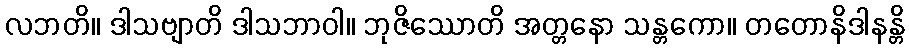
လဘတိ။ ဒါသဗျာတိ ဒါသဘာဝါ။ ဘုဇိဿောတိ အတ္တနော သန္တကော။ တတောနိဒါနန္တိ